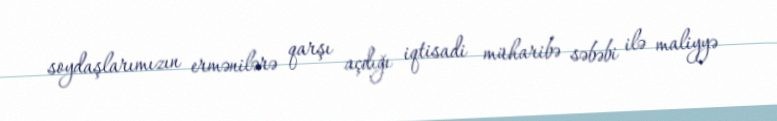
soydaşlarımızın ermənilərə qarşı açdığı iqtisadi müharibə səbəbi ilə maliyyə